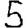
Digit: 5